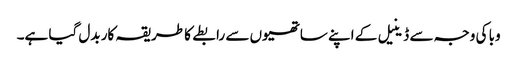
وبا کی وجہ سے ڈینیل کے اپنے ساتھیوں سے رابطے کا طریقہ کار بدل گیا ہے۔